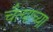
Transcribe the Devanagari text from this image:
चैत्याच्या